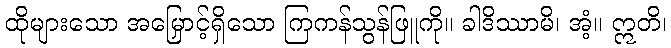
ထိုများသော အမြှောင့်ရှိသော ကြကန်သွန်ဖြူကို။ ခါဒိဿာမိ၊ အံ့။ ဣတိ၊